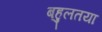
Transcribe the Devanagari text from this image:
बहुलतया